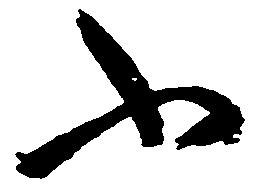
ふ